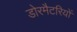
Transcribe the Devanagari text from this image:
डोरमैटरियों